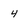
Character: 4